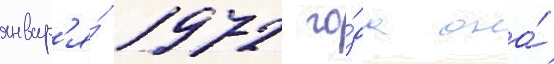
январ'я́ 1972 го́да она́